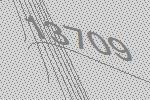
13709